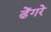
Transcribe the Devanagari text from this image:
ढेंगरे